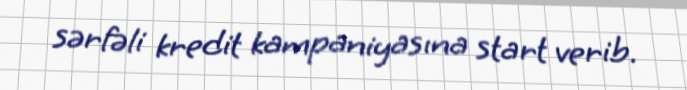
sərfəli kredit kampaniyasına start verib.